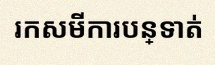
រកសមីការបន្ទាត់